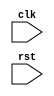
module sequential_logic (
    input wire clk,
    input wire rst,
    // other input and output ports
);

reg [7:0] data_reg;

always @(posedge clk or negedge rst) begin
    if (~rst) begin
        data_reg <= 8'b0;
    end else begin
        // logic operations or assignments
        // executed whenever triggering events occur
    end
end

// other logic blocks

endmodule